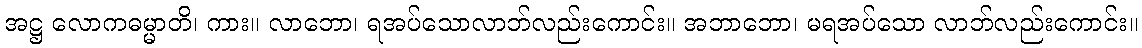
အဋ္ဌ လောကဓမ္မာတိ၊ ကား။ လာဘော၊ ရအပ်သောလာဘ်လည်းကောင်း။ အဘာဘော၊ မရအပ်သော လာဘ်လည်းကောင်း။